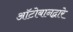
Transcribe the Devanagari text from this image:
ऑटोबानद्वारे